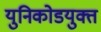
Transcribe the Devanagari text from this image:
युनिकोडयुक्त